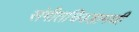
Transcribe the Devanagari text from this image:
संगीतचिवडामणी